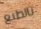
بالطبع